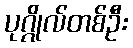
ပုဂ္ဂိုလ်တစ်ဦး